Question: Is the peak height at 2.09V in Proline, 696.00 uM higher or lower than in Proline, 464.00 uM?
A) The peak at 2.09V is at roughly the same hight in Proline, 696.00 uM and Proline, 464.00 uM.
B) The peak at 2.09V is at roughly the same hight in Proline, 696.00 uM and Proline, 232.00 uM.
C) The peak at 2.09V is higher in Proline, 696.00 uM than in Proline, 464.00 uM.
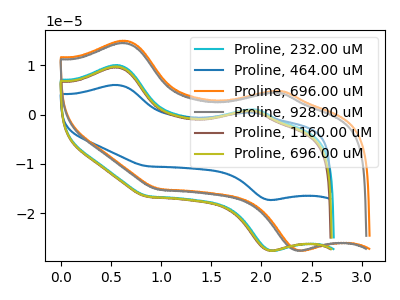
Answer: <think>The cyan curve "Proline, 232.00 uM" has anodic peaks at (0.55V, 10.10uA) (1.95V, 1.10uA) and cathodic peaks at (2.10V, -27.60uA) (0.85V, -16.50uA). The blue curve "Proline, 464.00 uM" has anodic peaks at (0.55V, 6.05uA) (1.90V, 0.45uA) and cathodic peaks at (2.10V, -17.30uA) (0.85V, -10.45uA). The orange curve "Proline, 696.00 uM" has anodic peaks at (0.65V, 15.00uA) (2.20V, 4.85uA) and cathodic peaks at (2.40V, -27.55uA) (1.00V, -15.05uA). The gray curve "Proline, 928.00 uM" has anodic peaks at (0.65V, 14.55uA) (2.15V, 4.50uA) and cathodic peaks at (2.35V, -27.55uA) (0.95V, -15.20uA). The brown curve "Proline, 1160.00 uM" has anodic peaks at (0.55V, 9.65uA) (1.90V, 0.75uA) and cathodic peaks at (2.10V, -27.60uA) (0.85V, -16.65uA). The olive curve "Proline, 696.00 uM" has anodic peaks at (0.55V, 9.80uA) (1.90V, 0.85uA) and cathodic peaks at (2.10V, -27.60uA) (0.85V, -16.60uA).</think>
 <answer>C) The peak at 2.09V is higher in "Proline, 696.00 uM" than in "Proline, 464.00 uM".</answer>
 <eval>C</eval>